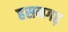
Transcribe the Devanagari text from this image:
हसनगढ़